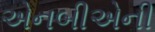
એનબીએની